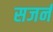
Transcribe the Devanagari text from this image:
सजर्न